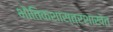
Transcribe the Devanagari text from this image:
भौतिकशास्त्रशाखेत